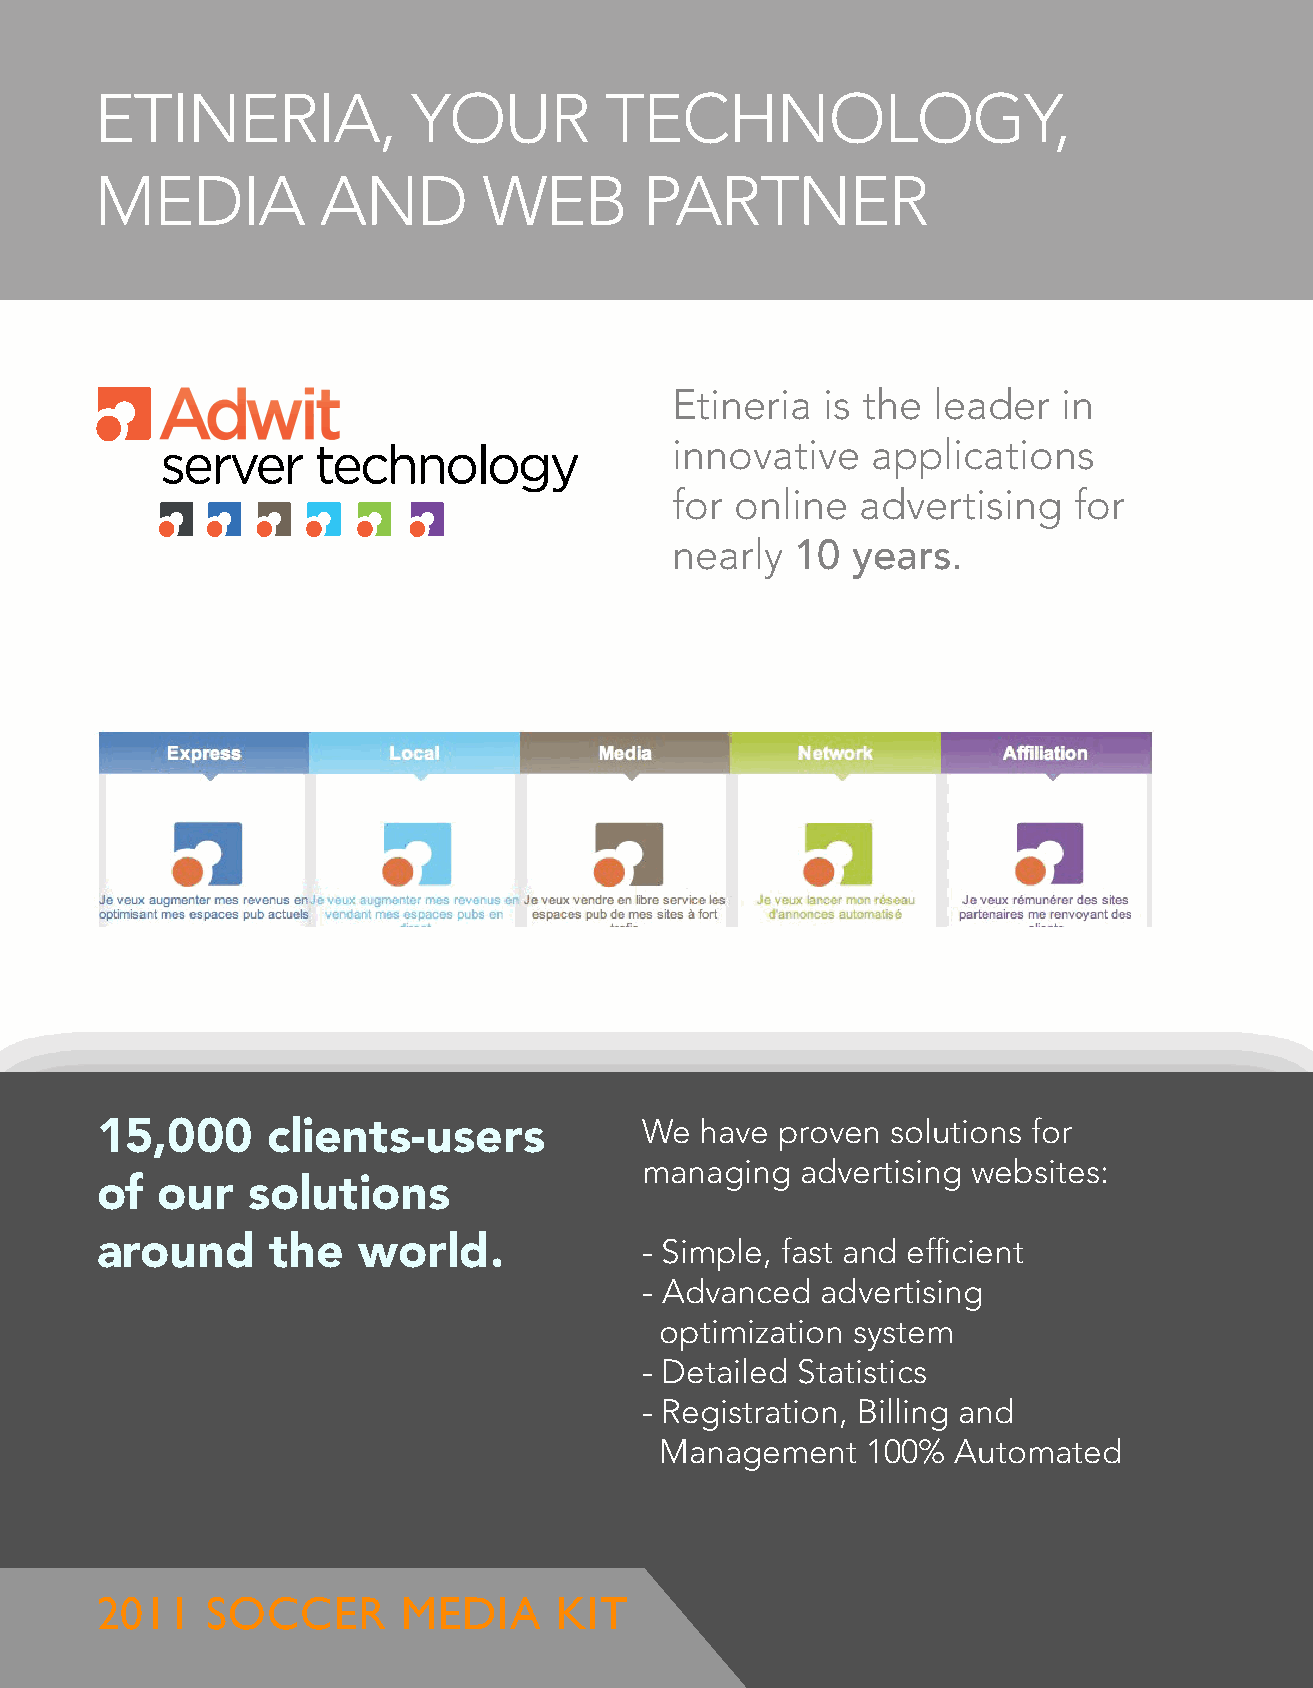
ETINERIA,            YOUR         TECHNOLOGY,
 MEDIA          AND        WEB        PARTNER
 Etineria  is the  leader  in
 innovative    applications
 for  online  advertising   for
 nearly   10 years.
 15,000      clients-users           We  have  proven solutions for
 managing   advertising websites:
 of  our   solutions
 around      the   world.
 - Simple, fast and efficient
 - Advanced  advertising
 optimization system
 - Detailed Statistics
 - Registration, Billing and
 Management   100%  Automated
 2011    SOCCER       MEDIA     KIT